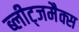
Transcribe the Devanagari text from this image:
ब्लीट्जमैक्स